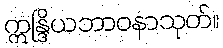
ဣန္ဒြိယဘာဝနာသုတ်။